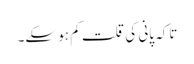
تاکہ پانی کی قلت کم ہو سکے۔